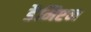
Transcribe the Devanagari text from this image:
डैमिएन